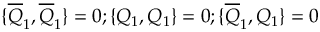
\{ \overline { { { Q } } } _ { 1 } , \overline { { { Q } } } _ { 1 } \} = 0 ; \{ Q _ { 1 } , Q _ { 1 } \} = 0 ; \{ \overline { { { Q } } } _ { 1 } , Q _ { 1 } \} = 0